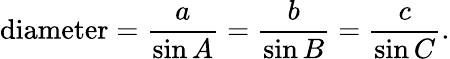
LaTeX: {\mathrm{diameter}}={\frac{a}{\sin A}}={\frac{b}{\sin B}}={\frac{c}{\sin C}}.